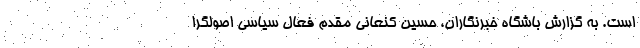
است. به گزارش باشگاه خبرنگاران، حسین کنعانی مقدم فعال سیاسی اصولگرا